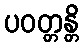
ပဝတ္တန္တိ